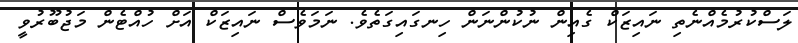
ލަސްކުރުމެއްނެތި ނައިޒަކް ގެއިން ނުކުންނަން ހިނގައިގަތެވެ. ނަމަވެސް ނައިޒަކް އަށް ހުއްޓެން މަޖުބޫރުވީ